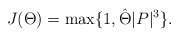
\begin{align*}J(\Theta)=\max\{1, \hat \Theta| P|^3\}.\end{align*}